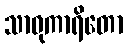
သာဓုကာရိတော